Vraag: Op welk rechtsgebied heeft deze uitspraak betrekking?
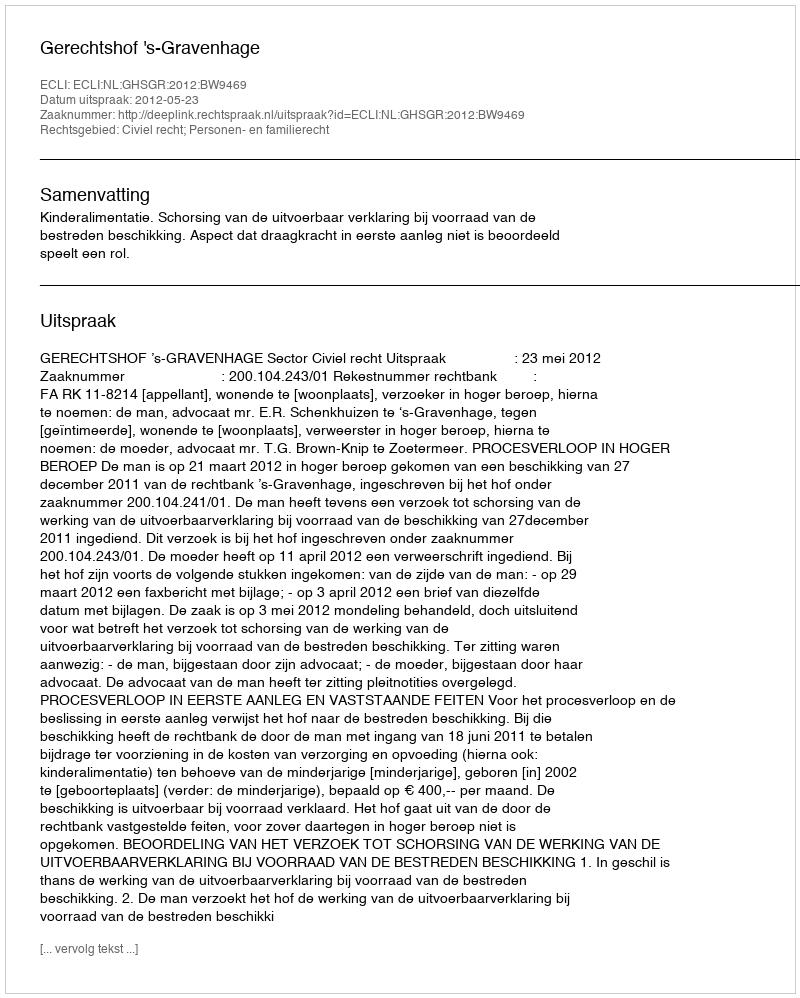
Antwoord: Civiel recht; Personen- en familierecht